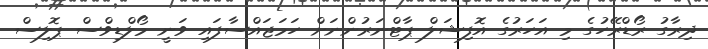
ދިރާގު ރޯޑްރޭހުގެ މި އަހަރުގެ އޮފިޝަލް ޕާޓްނަރުންނަށް ހަމަޖައްސާފައި ވަނީ މޯލްޑިވްސް ޕޮލިސް